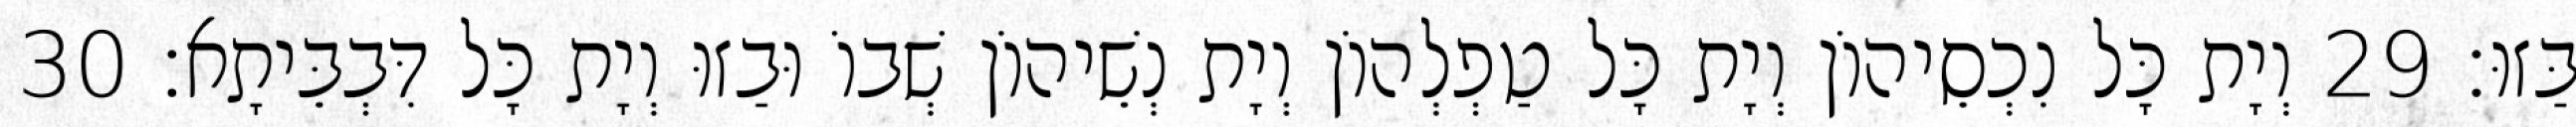
בַּזוּ׃ 29 וְיָת כָּל נִכְסֵיהוֹן וְיָת כָּל טַפְלְהוֹן וְיָת נְשֵׁיהוֹן שְׁבוֹ וּבַזוּ וְיָת כָּל דִּבְבֵּיתָא׃ 30